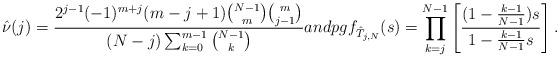
LaTeX: \begin{align*} \hat{\nu}(j) = \frac{2^{j-1}(-1)^{m+j}(m-j+1){{N-1}\choose{m}}{{m}\choose{j-1}}}{(N-j)\sum_{k=0}^{m-1}{{N-1}\choose{k}}} and pgf_{\hat{T}_{j,N}}(s)=\prod_{k=j}^{N-1} \left[{(1-\frac{k-1}{N-1})s\over 1-\frac{k-1}{N-1} s}\right].\end{align*}